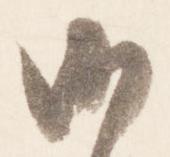
候